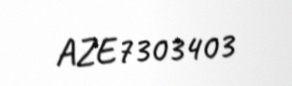
AZE7303403